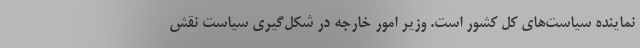
نماینده سیاست‌های کل کشور است. وزیر امور خارجه در شکل‌گیری سیاست نقش